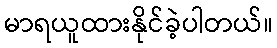
မာရယူထားနိုင်ခဲ့ပါတယ်။